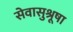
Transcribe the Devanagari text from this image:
सेवासुश्रूषा